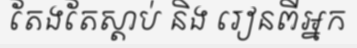
តែងតែស្តាប់ និង រៀនពីអ្នក